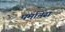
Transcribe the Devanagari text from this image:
पर्मानेंस